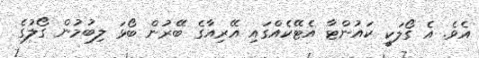
އެވެ. އެ ގޯލަކީ ކައުންޓާ އެޓޭކެއްގައި އޭރިއާގެ ބޭރުން ބޯޅަ ލިބުމުން ގޯލުގެ